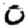
Digit: 0